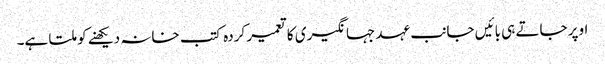
اوپر جاتے ہی بائیں جانب عہد جہانگیری کا تعمیر کردہ کتب خانہ دیکھنے کو ملتا ہے۔